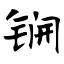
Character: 锎